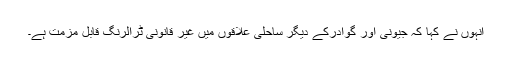
انہوں نے کہا کہ جیونی اور گوادرکے دیگر ساحلی علاقوں میں غیر قانونی ٹرالرنگ قابل مزمت ہے۔